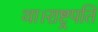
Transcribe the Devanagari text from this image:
था।राष्ट्रपति